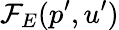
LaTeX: \mathcal{F}_{E}(p^{\prime},u^{\prime})